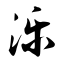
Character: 泺